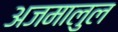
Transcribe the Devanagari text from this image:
अजमालुल